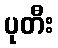
ပုတီး